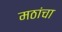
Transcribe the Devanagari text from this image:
मठांचा